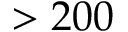
> 2 0 0